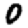
Digit: 0